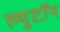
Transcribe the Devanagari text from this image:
ल्युटॉन